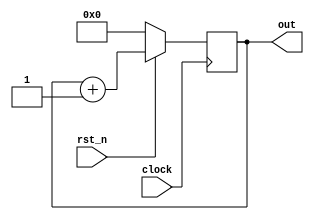
`timescale 1ns / 1ps
//////////////////////////////////////////////////////////////////////////////////
// Company: 
// Engineer: 
// 
// Design Name: 
// Module Name: program_counter
// Project Name: 
// Target Devices: 
// Tool Versions: 
// Description: 
// 
// Dependencies: 
// 
// Revision:
// Revision 0.01 - File Created
// Additional Comments:
// 
//////////////////////////////////////////////////////////////////////////////////


module program_counter(

    input rst_n,
    input clock,
    output reg [3:0] out

    );
    
    always @(posedge clock)
    begin
        if(~rst_n) out <=0;
        else out <= out + 1;
    end
    
endmodule